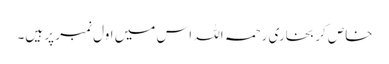
خاص کر بخاری رحمہ اللہ اس میں اول نمبر پر ہیں۔